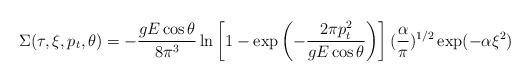
LaTeX: \begin{align*}\Sigma(\tau,\xi,p_t,\theta)=-\frac{gE \cos\theta}{8\pi^3} \ln \left[ 1-\exp \left(-{2\pi p_t^2 \over gE \cos\theta} \right) \right] ({\alpha \over \pi})^{1/2}\exp (-\alpha\xi^2)\end{align*}